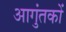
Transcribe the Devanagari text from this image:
आगुंतकों